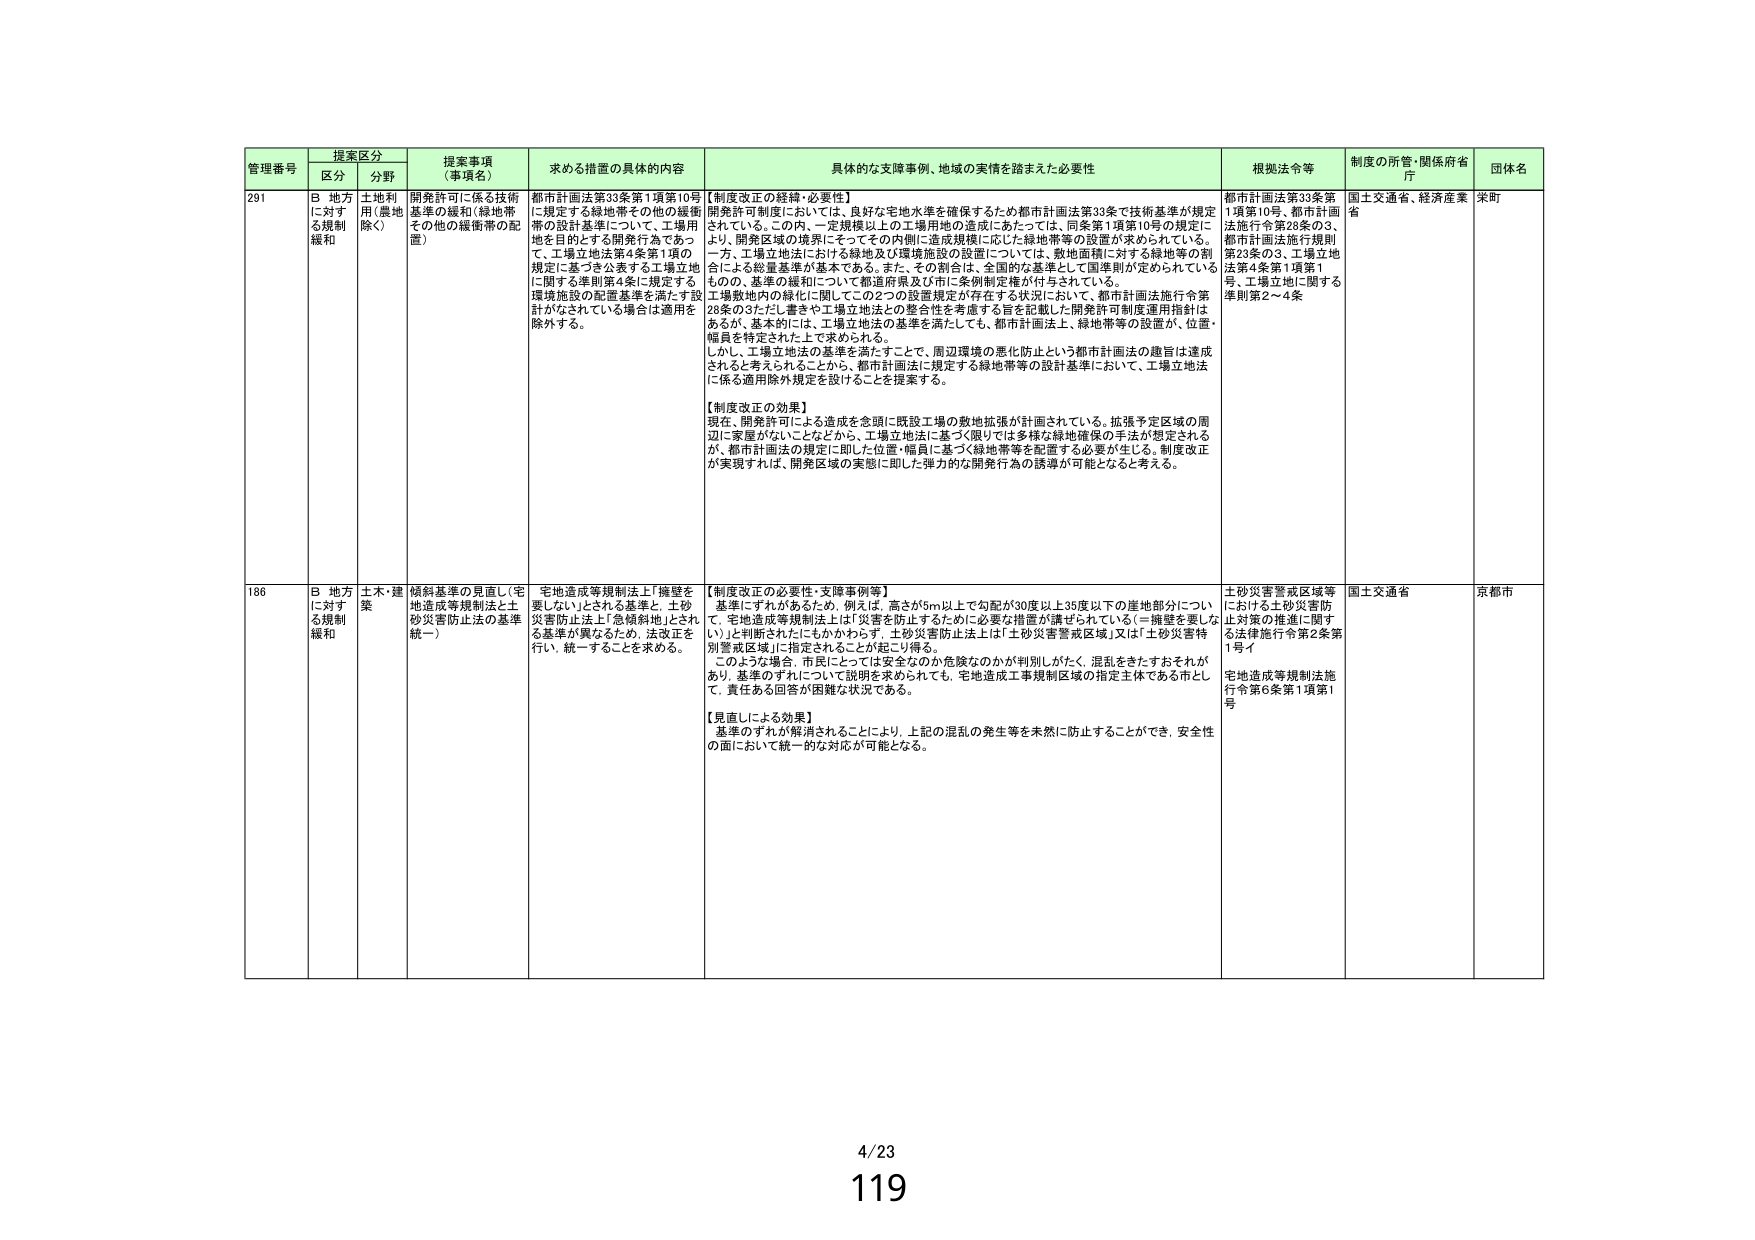
管理番号 提案区分 提案事項（事項名） 求める措置の具体的内容 具体的な支援事例、地域の実情を踏まえた必要性 根拠法令等 制度の所管・関係府省庁 団体名
区分 分野
291 B 地方に対する規制緩和 土地利用（農地除く） 開発許可に係る技術基準の緩和（緑地帯その他の緩衝帯の配置） 都市計画法第33条第1項第10号に規定する緑地帯その他の緩衝帯の設計基準について、工場用地を目的とする開発行為であって、工場立地法第4条第1項の規定に基づき公表する工場立地に関する準則第4条に規定する環境施設の配置基準を満たす設計がなされている場合は適用を除外する。 【制度改正の経緯・必要性】 開発許可制度においては、良好な宅地水準を確保するため都市計画法第33条で技術基準が規定されている。この内、一定規模以上の工場用地の造成にあたっては、同条第1項第10号の規定により、開発区域の境界にそってその内側に造成規模に応じた緑地帯等の設置が求められている。一方、工場立地法における緑地及び環境施設の設置については、敷地面積に対する緑地等の割合による総量基準が基本である。また、その割合は、全国的な基準として国準則が定められているものので、基準の緩和について都道府県及び市に条例制定権が付与されている。 工場敷地内の緑化に関してこの2つの設置規定が存在する状況において、都市計画法施行令第28条の3ただし書きや工場立地法との整合性を考慮する旨を記載した開発許可制度運用指針はあるが、基本的には、工場立地法の基準を満たしても、都市計画法上、緑地帯等の設置が、位置・幅員を特定された上で求められる。 しかし、工場立地法の基準を満たすことで、周辺環境の悪化防止という都市計画法の趣旨は達成されると考えられることから、都市計画法に規定する緑地帯等の設計基準において、工場立地法に係る適用除外規定を設けることを提案する。 【制度改正の効果】 現在、開発許可による造成を念頭に既設工場の敷地拡張が計画されている。拡張予定区域の周辺に家屋がないことなどから、工場立地法に基づく限りでは多様な緑地確保の手法が想定されるが、都市計画法の規定に即した位置・幅員に基づく緑地帯等を配置する必要が生じる。制度改正が実現すれば、開発区域の実態に即した弾力的な開発行為の誘導が可能となると考える。 都市計画法第33条第1項第10号、都市計画法施行令第28条の3、都市計画法施行規則第20条の3、工場立地法第4条第1項第1号、工場立地に関する準則第2～4条 国土交通省、経済産業省 栄町
186 B 地方に対する規制緩和 土木・建築 傾斜基準の見直し（宅地造成等規制法と土砂災害防止法の基準統一） 宅地造成等規制法上「擁壁を要しない」とされる基準と、土砂災害防止法上「急傾斜地」とされる基準が異なるため、法改正を行い、統一することを求める。 【制度改正の必要性・支援事例等】 基準にずれがあるため、例えば、高さが5m以上で勾配が30度以上35度以下の崖地部分について、宅地造成等規制法上は「災害を防止するために必要な措置が講ぜられている（＝擁壁を要しない）」と判断されたにもかかわらず、土砂災害防止法上は「土砂災害警戒区域」又は「土砂災害特別警戒区域」に指定されることが起こり得る。 このような場合、市民にとっては安全なのか危険なのかが判別しがたく、混乱をきたすおそれがあり、基準のずれについて説明を求められても、宅地造成工事規制区域の指定主体である市として、責任ある回答が困難な状況である。 【見直しによる効果】 基準のずれが解消されることにより、上記の混乱の発生等を未然に防止することができ、安全性の面において統一的な対応が可能となる。 土砂災害警戒区域等における土砂災害防止対策の推進に関する法律施行令第2条第1号イ 宅地造成等規制法施行令第6条第1項第1号 国土交通省 京都市
4/23
119